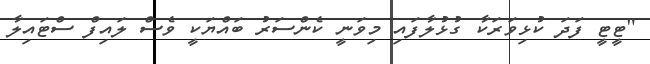
"ޓީޓީ ފަދަ ކުޅިވަރަކާ ގުޅުލާފައި މިވަނީ ކެންސަރު ބައްޔަކީ ވެސް ލައިފް ސްޓައިލާ